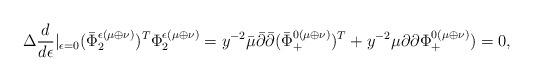
LaTeX: \begin{align*} \Delta\frac{d}{d\epsilon}\vert_{\epsilon=0}(\bar\Phi_2^{\epsilon(\mu\oplus\nu)})^T\Phi^{\epsilon(\mu\oplus\nu)}_2=y^{-2}\bar\mu\bar\partial\bar\partial(\bar\Phi_+^{0(\mu\oplus\nu)})^T+y^{-2}\mu\partial\partial\Phi^{0(\mu\oplus\nu)}_+)=0,\end{align*}